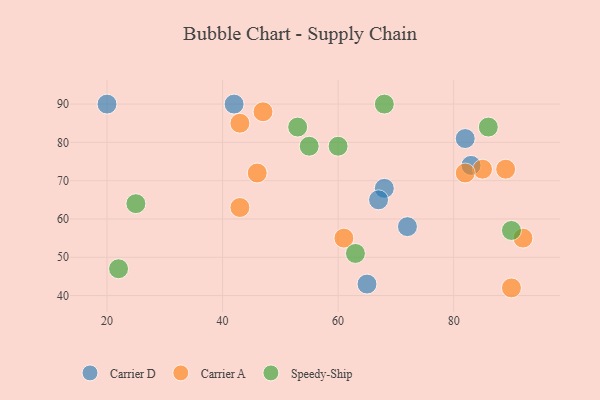
{"axis": {"x": "GDP", "y": "Life Expectancy"}, "legend": ["Carrier A", "Carrier D", "Speedy-Ship"], "data": [{"x": "82", "y": 81, "type": "Carrier D"}, {"x": "65", "y": 43, "type": "Carrier D"}, {"x": "72", "y": 58, "type": "Carrier D"}, {"x": "68", "y": 68, "type": "Carrier D"}, {"x": "83", "y": 74, "type": "Carrier D"}, {"x": "67", "y": 65, "type": "Carrier D"}, {"x": "42", "y": 90, "type": "Carrier D"}, {"x": "20", "y": 90, "type": "Carrier D"}, {"x": "43", "y": 63, "type": "Carrier A"}, {"x": "89", "y": 73, "type": "Carrier A"}, {"x": "43", "y": 85, "type": "Carrier A"}, {"x": "61", "y": 55, "type": "Carrier A"}, {"x": "92", "y": 55, "type": "Carrier A"}, {"x": "90", "y": 42, "type": "Carrier A"}, {"x": "46", "y": 72, "type": "Carrier A"}, {"x": "85", "y": 73, "type": "Carrier A"}, {"x": "47", "y": 88, "type": "Carrier A"}, {"x": "82", "y": 72, "type": "Carrier A"}, {"x": "90", "y": 57, "type": "Speedy-Ship"}, {"x": "55", "y": 79, "type": "Speedy-Ship"}, {"x": "63", "y": 51, "type": "Speedy-Ship"}, {"x": "60", "y": 79, "type": "Speedy-Ship"}, {"x": "53", "y": 84, "type": "Speedy-Ship"}, {"x": "25", "y": 64, "type": "Speedy-Ship"}, {"x": "68", "y": 90, "type": "Speedy-Ship"}, {"x": "22", "y": 47, "type": "Speedy-Ship"}, {"x": "86", "y": 84, "type": "Speedy-Ship"}]}